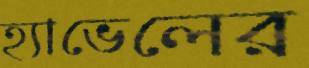
হ্যাভেলের